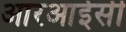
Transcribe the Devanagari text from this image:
आरआईसी